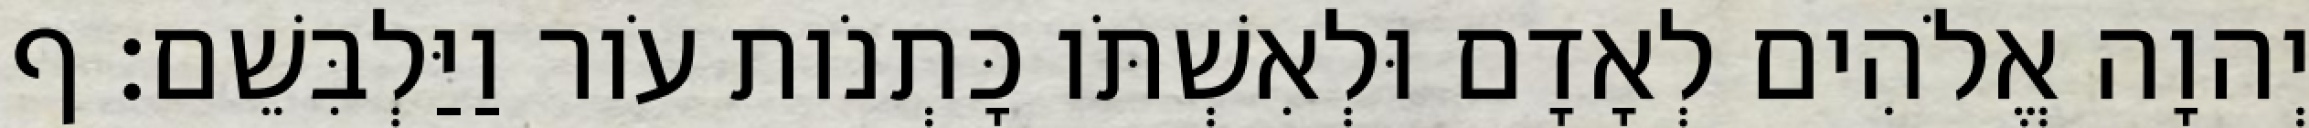
יְהוָה אֱלֹהִים לְאָדָם וּלְאִשְׁתֹּו כָּתְנֹות עֹור וַיַּלְבִּשֵׁם׃ ף